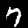
Digit: 7